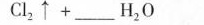
C l _ { 2 } \uparrow + ___ H _ { 2 } O$$